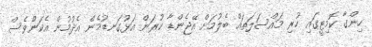
ހިންގާ ކޮމިޓީގައި ހުރި މައްސަލަތައް ބެލުމަށް އޭޖެންޑާ ކުރަން އަޅުގަނޑުމެން އެދުމުން އެކަންވެސް